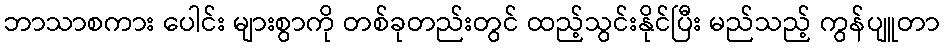
ဘာသာစကား ပေါင်း များစွာကို တစ်ခုတည်းတွင် ထည့်သွင်းနိုင်ပြီး မည်သည့် ကွန်ပျူတာ